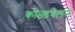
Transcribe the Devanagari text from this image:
काॅल्डवेलने